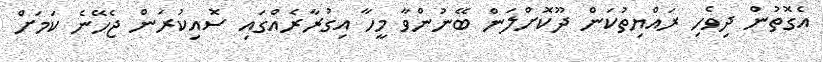
އެގޮތުން ދިވެހި ރައްޔިތުކަން ދޫކޮށްލަން ބޭނުންވާ މީހާ އިގުރާރެއްގައި ސޮއިކުރަން ޖެހޭނެ ކަމަށް